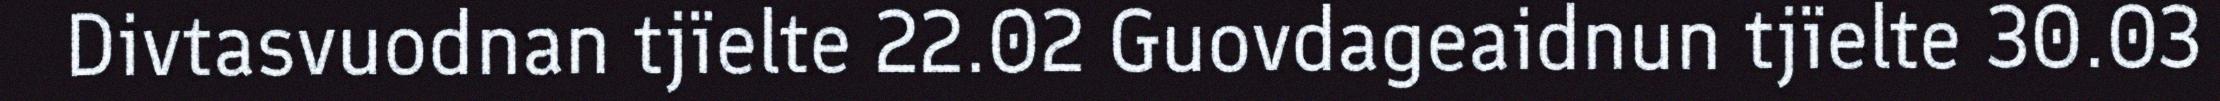
Divtasvuodnan tjïelte 22.02 Guovdageaidnun tjïelte 30.03